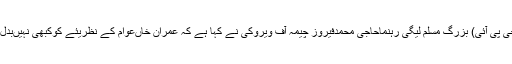
وزیرآباد(جی پی آئی) بزرگ مسلم لیگی رہنماحاجی محمدفیروز چیمہ آف ویروکی نے کہا ہے کہ عمران خاںعوام کے نظریئے کوکبھی نہیںبدل سکیںگے۔